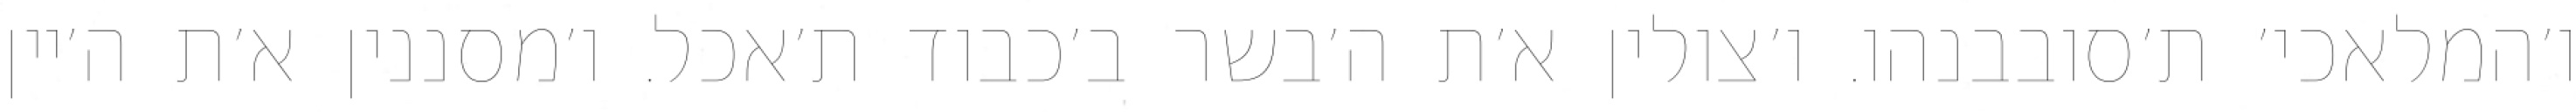
ו׳המלאכי׳ ת׳סובבנהו. ו׳צולין א׳ת ה׳בשר ב׳כבוד ת׳אכל. ו׳מסננין א׳ת ה׳יין